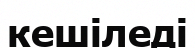
кешіледі